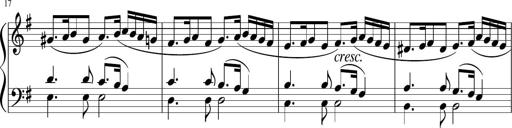
Title: 12 Keyboard Sonatinas
Composer: James Hook